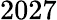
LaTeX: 2027